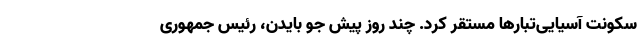
سکونت آسیایی‌تبارها مستقر کرد. چند روز پیش جو بایدن، رئیس جمهوری